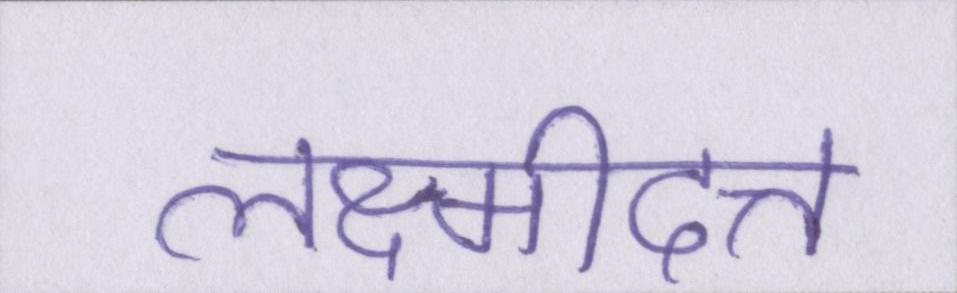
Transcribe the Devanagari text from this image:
लक्ष्मीदत्त